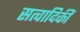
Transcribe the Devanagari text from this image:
सत्वादिकीं